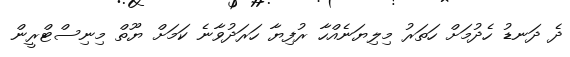
ދެ ދަނޑު ހެދުމަށް ހަތަރު މިލިޔަނެއްހާ ރުފިޔާ ހަރަދުވާނެ ކަމަށް ޔޫތް މިނިސްޓްރީން